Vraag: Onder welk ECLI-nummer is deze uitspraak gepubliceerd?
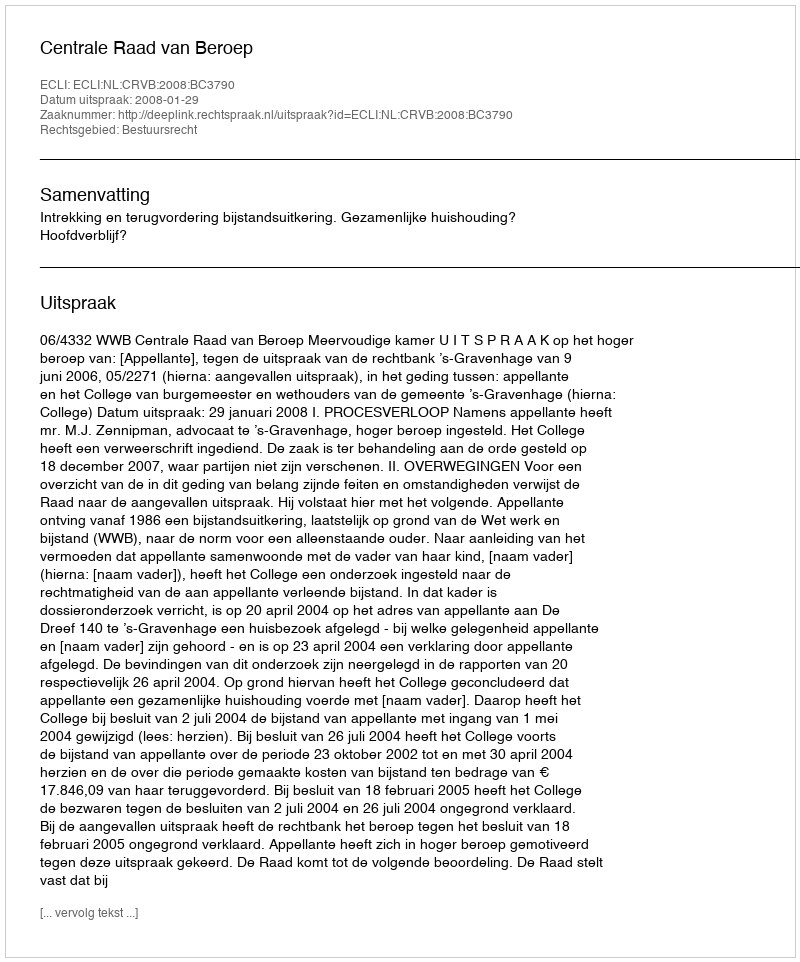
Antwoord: ECLI:NL:CRVB:2008:BC3790